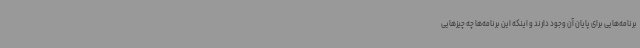
برنامه‌هایی برای پایان آن وجود دارند و اینکه این برنامه‌ها چه چیزهایی